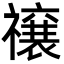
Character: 𮂜